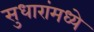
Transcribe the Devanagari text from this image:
सुधारांमध्ये